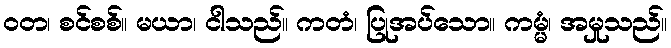
ဝတ၊ စင်စစ်။ မယာ၊ ငါသည်။ ကတံ၊ ပြုအပ်သော။ ကမ္မံ၊ အမှုသည်။